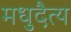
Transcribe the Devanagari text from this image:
मधुदैत्य